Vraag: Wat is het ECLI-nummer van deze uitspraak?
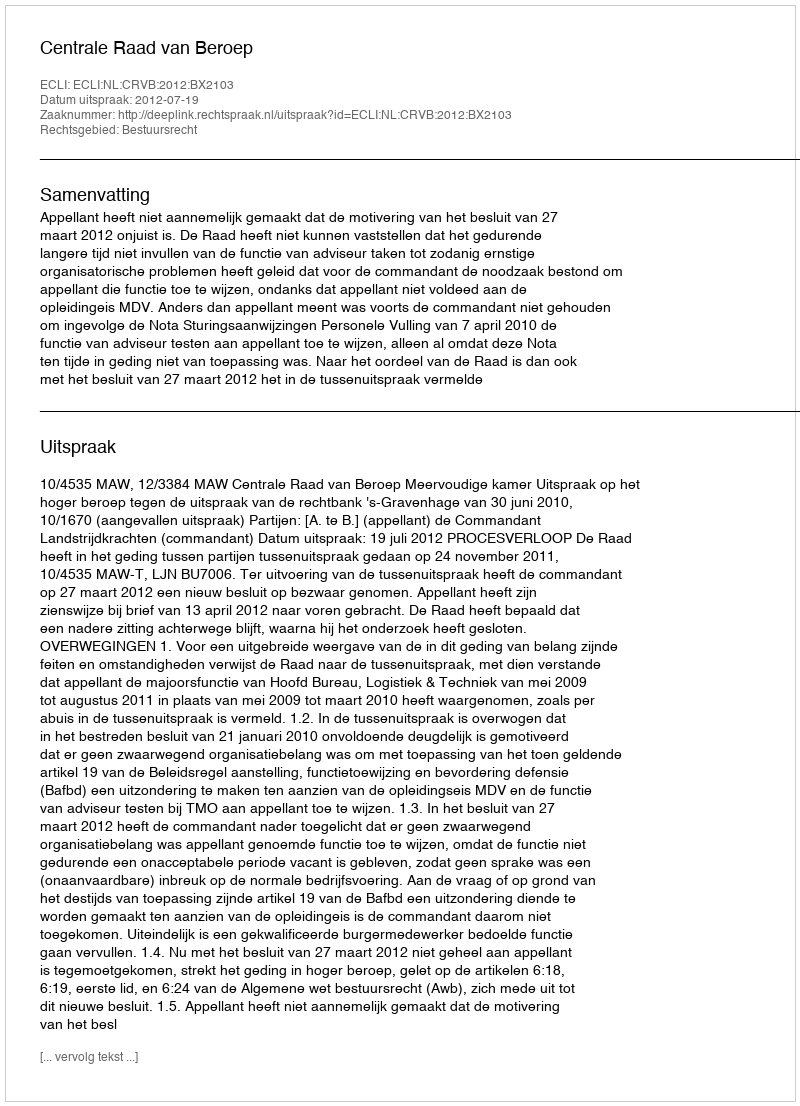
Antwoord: ECLI:NL:CRVB:2012:BX2103